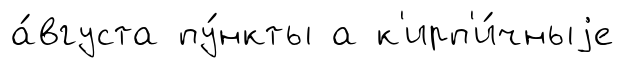
а́вгуста пу́нкты а к'ирп'и́чныjе